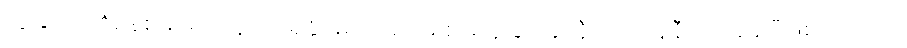
ကျွန်ုပ်တို့၏စနစ်များအတွက်ရရှိနိုင်မည့်အငြိမ်းစားယူခြင်းနှင့်နီးကပ်ရန်နီးကပ်နေပြီဖြစ်သည် ကို